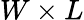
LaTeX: W\times L